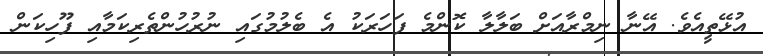
އުޅޭތީއެވެ. އޭނާ ނިމްރާއަށް ބަލާލާ ކޮންމެ ފަހަރަކު އެ ބެލުމުގައި ނުރުހުންތެރިކަމާއި ފޫހިކަން